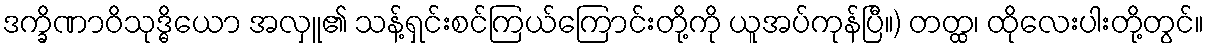
ဒက္ခိဏာဝိသုဒ္ဓိယော အလှူ၏ သန့်ရှင်းစင်ကြယ်ကြောင်းတို့ကို ယူအပ်ကုန်ပြီ။) တတ္ထ၊ ထိုလေးပါးတို့တွင်။